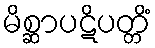
မိစ္ဆာပဋိပတ္တိံ